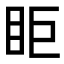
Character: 𥄷